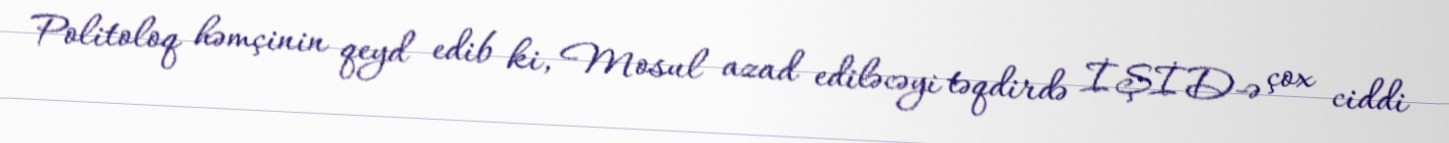
Politoloq həmçinin qeyd edib ki, Mosul azad ediləcəyi təqdirdə İŞİD-ə çox ciddi